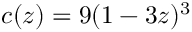
c ( z ) = 9 ( 1 - 3 z ) ^ { 3 }